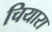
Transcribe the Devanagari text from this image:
चियारा